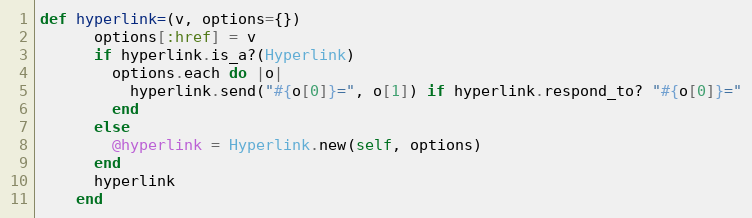
Language: Ruby
def hyperlink=(v, options={})
      options[:href] = v
      if hyperlink.is_a?(Hyperlink)
        options.each do |o|
          hyperlink.send("#{o[0]}=", o[1]) if hyperlink.respond_to? "#{o[0]}="
        end
      else
        @hyperlink = Hyperlink.new(self, options)
      end
      hyperlink
    end